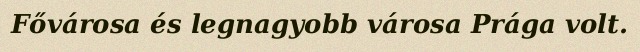
Fővárosa és legnagyobb városa Prága volt.